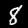
Label: 8